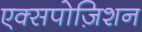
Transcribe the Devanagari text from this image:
एक्सपोज़िशन